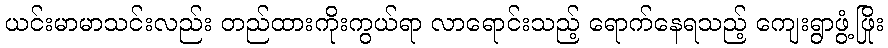
ယင်းမာမာသင်းလည်း တည်ထားကိုးကွယ်ရာ လာရောင်းသည့် ရောက်နေရသည့် ကျေးရွာဖွံ့ဖြိုး